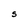
Character: S